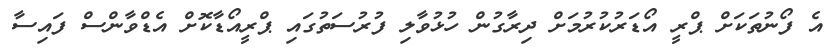
އެ ފޯނުތަކަށް ޕްރީ އޯޑަރުކުރުމަށް ދިރާގުން ހުޅުވާލި ފުރުސަތުގައި ޕްރީއޯޑާކޮށް އެޑްވާންސް ފައިސާ